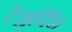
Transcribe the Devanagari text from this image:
रेचुर्विंग